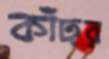
কাঁঢ়র